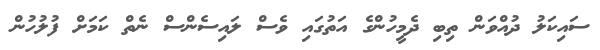
ސައިކަލު ދުއްވަން ތިބި ދެމީހުންގެ އަތުގައި ވެސް ލައިސެންސް ނެތް ކަމަށް ފުލުހުން